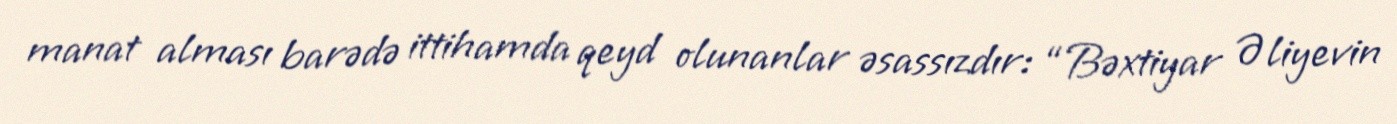
manat alması barədə ittihamda qeyd olunanlar əsassızdır: “Bəxtiyar Əliyevin